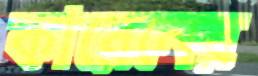
কারেনের